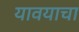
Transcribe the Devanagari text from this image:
यावयाचा